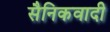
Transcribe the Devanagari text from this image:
सैनिकवादी